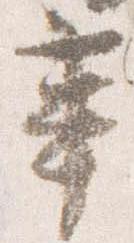
蓽